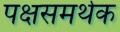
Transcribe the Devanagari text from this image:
पक्षसमर्थक